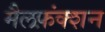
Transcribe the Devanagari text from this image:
मैलफ़ंक्शन